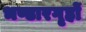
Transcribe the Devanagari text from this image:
भण्डारगृहों